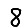
Digit: 8